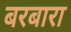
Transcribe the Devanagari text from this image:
बरबारा